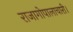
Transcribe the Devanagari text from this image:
राजागोपालाचारी।